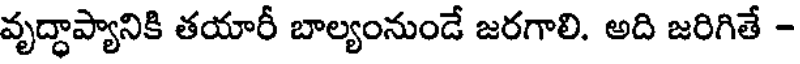
వృద్ధాప్యానికి తయారీ బాల్యంనుండే జరగాలి. అది జరిగితే -